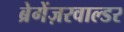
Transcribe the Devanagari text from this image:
ब्रेगेंज़रवाल्डर